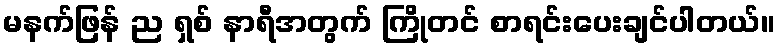
မနက်ဖြန် ည ရှစ် နာရီအတွက် ကြိုတင် စာရင်းပေးချင်ပါတယ်။